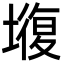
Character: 𡐣